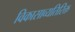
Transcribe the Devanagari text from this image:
विकासाव्यतिरिक्त